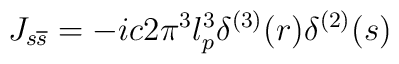
J_{s \overline{s}} = -ic2\pi^3l_{p}^{3}\delta^{(3)}(r)\delta^{(2)}(s)